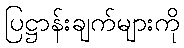
ပြဋ္ဌာန်းချက်များကို